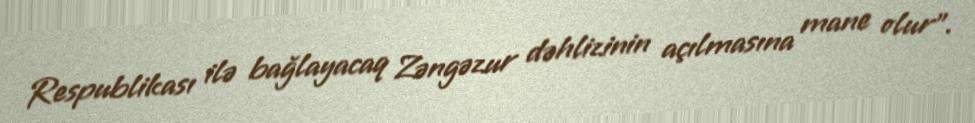
Respublikası ilə bağlayacaq Zəngəzur dəhlizinin açılmasına mane olur”.